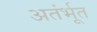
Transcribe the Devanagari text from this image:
अतंर्भूत